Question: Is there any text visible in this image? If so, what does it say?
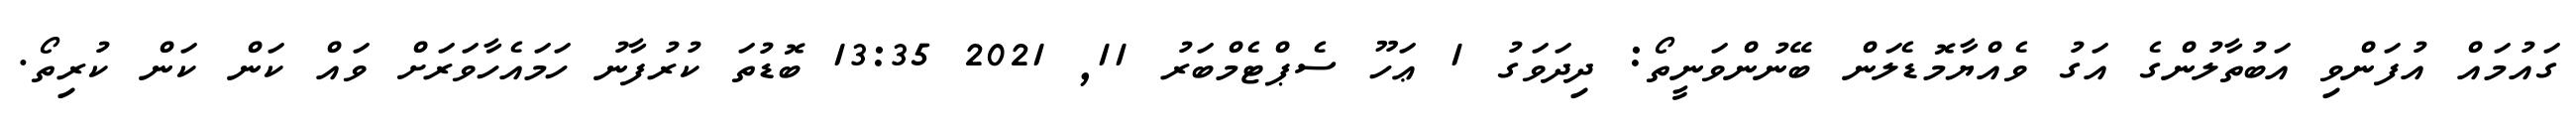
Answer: ގައުމައް އުފަންވި އަބުތާލުންގެ އަގު ވެއްޔާމޮޑެލަން ބޭނުންވަނީތޯ: ދިދަވަގު 1 ޢަހޫ ސެޕްޓެމްބަރު 11, 2021 13:35 ބޮޑުތަ ކުރުފާނު ހަމައެހާވަރަށް ވައް ކަން ކަން ކުރިތޯ.